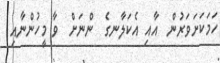
ހަމަކަށަވަރުން  އާއި އެކަލާނގެ  ންނަށް  ވާ މީހުންނާއި